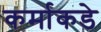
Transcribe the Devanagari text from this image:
कर्माकडे